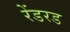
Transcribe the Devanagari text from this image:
रेंडरड